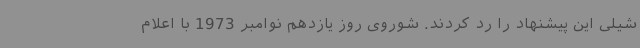
شیلی این پیشنهاد را رد کردند. شوروی روز یازدهم نوامبر 1973 با اعلام